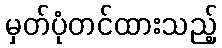
မှတ်ပုံတင်ထားသည့်